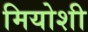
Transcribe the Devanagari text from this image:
मियोशी